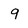
Character: q